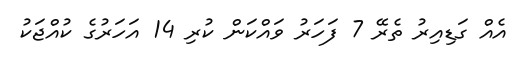
އެއް ގަޑިއިރު ތެރޭ 7 ފަހަރު ވައްކަން ކުރި 14 އަހަރުގެ ކުއްޖަކު